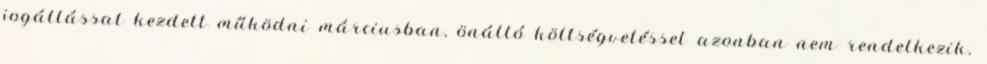
jogállással kezdett működni márciusban, önálló költségvetéssel azonban nem rendelkezik.